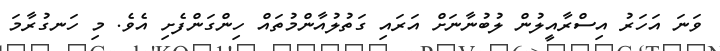
ވަނަ އަހަރު އިސްރާއީލުން ލުބުނާނަށް އަރައި ގަތުލުއާންމުތައް ހިންގަންފެށި އެވެ. މި ހަނގުރާމަ